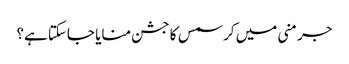
جرمنی میں کرسمس کا جشن منایا جاسکتا ہے؟